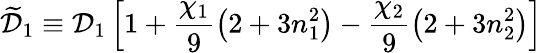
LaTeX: \widetilde{\mathcal{D}}_{1}\equiv\mathcal{D}_{1}\left[1+\frac{\chi_{1}}{9}\left(2+3n_{1}^{2}\right)-\frac{\chi_{2}}{9}\left(2+3n_{2}^{2}\right)\right]